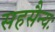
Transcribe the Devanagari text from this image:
सहसैन्यः